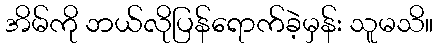
အိမ်ကို ဘယ်လိုပြန်ရောက်ခဲ့မှန်း သူမသိ။